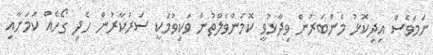
ނަމަވެސް އިދިކޮޅު މެންބަރުން ވިދާޅުވީ ކޮމަންވެލްތުން ވަކިވުމަކީ ސަރުކާރުން ހެދި ގޯހެއް ކަމަށާއި